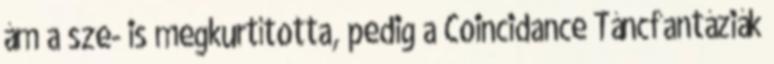
ám a sze- is megkurtította, pedig a Coincidance Táncfantáziák